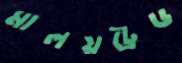
মালয়ট্রেড